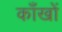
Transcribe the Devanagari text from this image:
काँखों